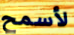
لأسمح